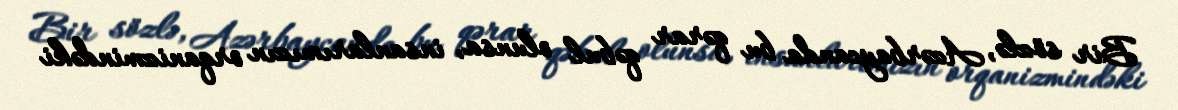
Bir sözlə, Azərbaycanda bu qərar qəbul olunsa, insanlarımızın orqanizmindəki